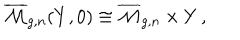
\overline { { { \mathcal { M } } } } _ { g , n } ( Y , 0 ) \cong \overline { { { \mathcal { M } } } } _ { g , n } \times Y \, ,